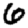
Digit: 6